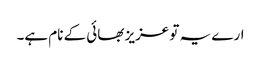
ارے یہ تو عزیز بھائی کے نام ہے۔